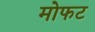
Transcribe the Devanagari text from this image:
मोफट